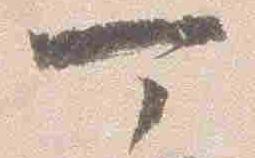
可